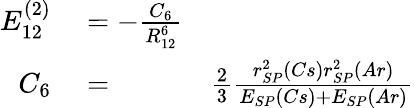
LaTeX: \begin{array}{rlr}{E_{12}^{(2)}}&{{}=-\frac{C_{6}}{R_{12}^{6}}}\\ {C_{6}}&{{}=}&{\frac{2}{3}\frac{r_{SP}^{2}(Cs)r_{SP}^{2}(Ar)}{E_{SP}(Cs)+E_{SP}(Ar)}}\end{array}